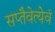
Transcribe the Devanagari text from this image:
सप्तैवेत्येवं